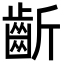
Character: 齗